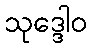
သုဒ္ဒေါဝ